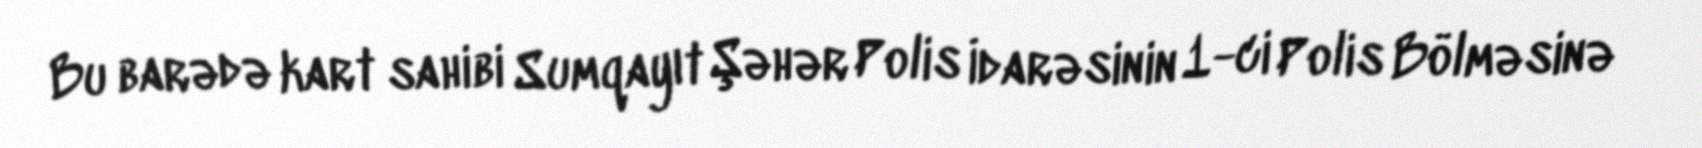
Bu barədə kart sahibi Sumqayıt Şəhər Polis İdarəsinin 1-ci Polis Bölməsinə